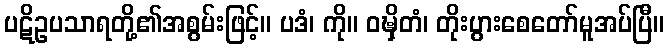
ပဋိဥပသာရတို့၏အစွမ်းဖြင့်။ ပဒံ၊ ကို။ ဝဍ္ဎှိတံ၊ တိုးပွားစေတော်မူအပ်ပြီ။